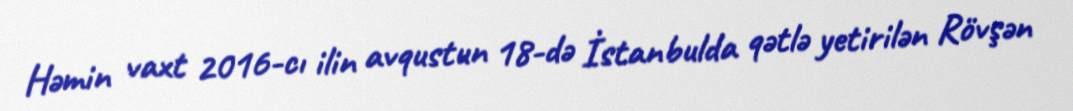
Həmin vaxt 2016-cı ilin avqustun 18-də İstanbulda qətlə yetirilən Rövşən